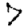
Digit: 7